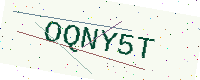
Text: OQNY5T